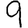
Digit: 9